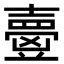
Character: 𡕃